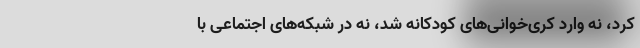
کرد، نه وارد کُری‌خوانی‌های کودکانه شد، نه در شبکه‌های اجتماعی با